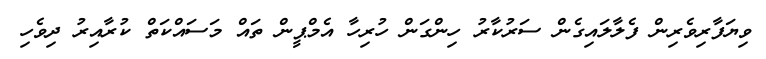
ވިޔަފާރިވެރިން ފެލާލައިގެން ސަރުކާރު ހިންގަން ހުރިހާ އެމްޕީން ތައް މަސައްކަތް ކުރާއިރު ދިވެހި